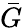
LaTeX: \bar{G}